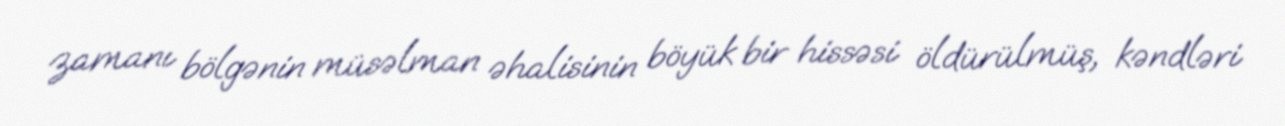
zamanı bölgənin müsəlman əhalisinin böyük bir hissəsi öldürülmüş, kəndləri